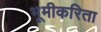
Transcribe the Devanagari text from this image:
भूमीकरिता